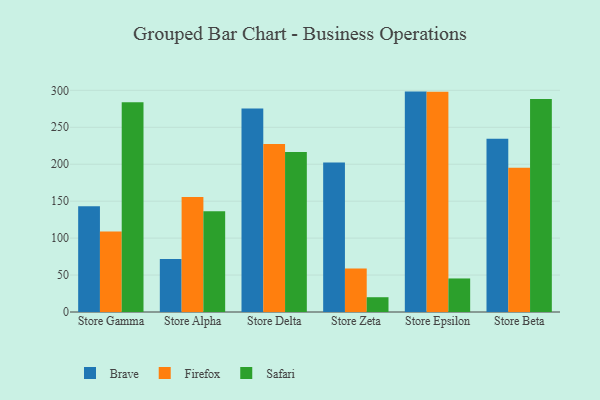
{"axis": {"x": "Store", "y": "Churn Rate (%)"}, "legend": ["Brave", "Firefox", "Safari"], "data": [{"x": "Store Gamma", "y": 143.0, "type": "Brave"}, {"x": "Store Gamma", "y": 109.0, "type": "Firefox"}, {"x": "Store Gamma", "y": 283.8, "type": "Safari"}, {"x": "Store Alpha", "y": 71.7, "type": "Brave"}, {"x": "Store Alpha", "y": 155.8, "type": "Firefox"}, {"x": "Store Alpha", "y": 136.2, "type": "Safari"}, {"x": "Store Delta", "y": 275.4, "type": "Brave"}, {"x": "Store Delta", "y": 227.3, "type": "Firefox"}, {"x": "Store Delta", "y": 216.6, "type": "Safari"}, {"x": "Store Zeta", "y": 202.3, "type": "Brave"}, {"x": "Store Zeta", "y": 59.0, "type": "Firefox"}, {"x": "Store Zeta", "y": 20.0, "type": "Safari"}, {"x": "Store Epsilon", "y": 298.3, "type": "Brave"}, {"x": "Store Epsilon", "y": 298.1, "type": "Firefox"}, {"x": "Store Epsilon", "y": 45.4, "type": "Safari"}, {"x": "Store Beta", "y": 234.6, "type": "Brave"}, {"x": "Store Beta", "y": 195.3, "type": "Firefox"}, {"x": "Store Beta", "y": 288.3, "type": "Safari"}]}